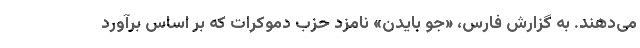
می‌دهند. به گزارش فارس، «جو بایدن» نامزد حزب دموکرات که بر اساس برآورد